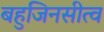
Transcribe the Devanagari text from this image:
बहुजिनसीत्व